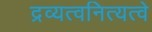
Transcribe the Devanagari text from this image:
द्रव्यत्वनित्यत्वे